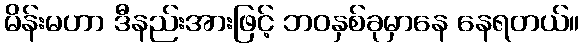
မိန်းမဟာ ဒီနည်းအားဖြင့် ဘဝနှစ်ခုမှာနေ နေရတယ်။